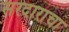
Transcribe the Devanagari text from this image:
सरदाराचा